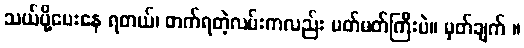
သယ်ပို့ပေးနေ ရတယ်၊ တက်ရတဲ့လမ်းကလည်း မတ်မတ်ကြီးပဲ။ မှတ်ချက် ။